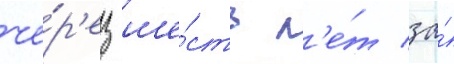
че́р'ез ше́сть л'е́т за́